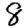
Digit: 8